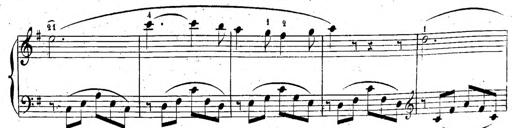
Title: 6 Sonatinen, Op.95
Composer: Ferdinand Hiller
Key: Various